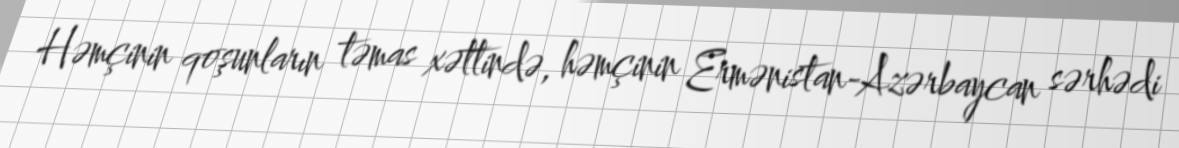
Həmçinin qoşunların təmas xəttində, həmçinin Ermənistan-Azərbaycan sərhədi